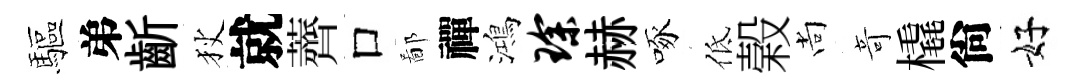
驅弟齗狄就薺口鄙禪鴻琛赫啄低榖尚竒橇尙好